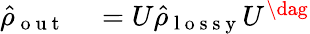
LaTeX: \begin{array}{rl}{\hat{\rho}_{\mathrm{~o~u~t~}}}&{{}=U\hat{\rho}_{\mathrm{~l~o~s~s~y~}}U^{\dag}}\end{array}